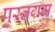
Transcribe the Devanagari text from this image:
पुस्तगम